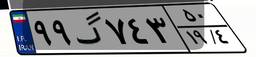
۶۹گ۳۰۳۶۷